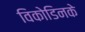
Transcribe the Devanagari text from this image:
विकोडिनके